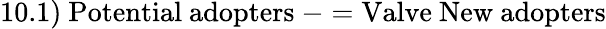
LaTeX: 10.1)\ {\mathrm{Potential~adopters}}\ -={\mathrm{Valve~New~adopters}}